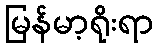
မြန်မာ့ရိုးရာ